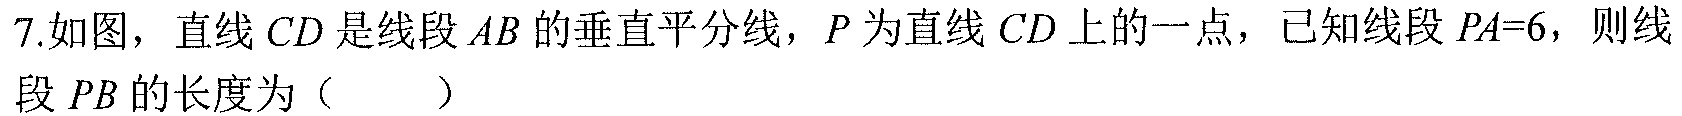
7.如图，直线$CD$是线段$AB$的垂直平分线，$P$为直线$CD$上的一点，已知线段$PA = 6$，则线段$PB$的长度为（  ）